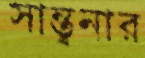
সান্ত্বনার